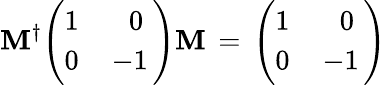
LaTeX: \mathbf{M}^{\dagger}\Bigg(\begin{array}{cc}{{1\, }}&{{\; 0}}\\ {{0\, }}&{{-1\, }}\end{array}\Bigg)\mathbf{M}\, =\, \Bigg(\begin{array}{cc}{{1\, }}&{{\; 0}}\\ {{0\, }}&{{-1\, }}\end{array}\Bigg)\,